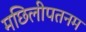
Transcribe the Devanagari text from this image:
मछिलीपतनम